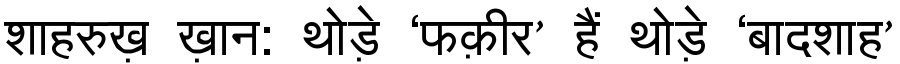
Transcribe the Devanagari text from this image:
शाहरुख़ ख़ान: थोड़े ‘फक़ीर’ हैं थोड़े ‘बादशाह’